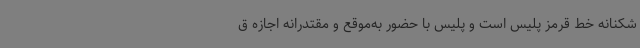
شکنانه خط قرمز پلیس است و پلیس با حضور به‌موقع و مقتدرانه اجازه ق